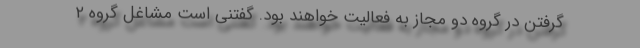
گرفتن در گروه دو مجاز به فعالیت خواهند بود. گفتنی است مشاغل گروه ۲